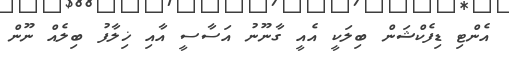
އެންޓި ޑިފެކްޝަން ބިލަކީ އެއީ ގާނޫނު އަސާސީ އާއި ޚިލާފު ބިލެއް ނޫން